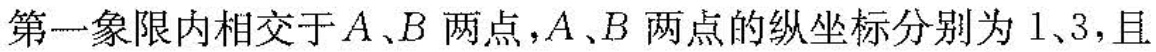
第一象限内相交于A、B两点，A、B两点的纵坐标分别为1、3，且